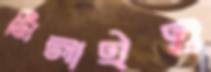
মিলাইও